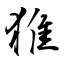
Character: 猚